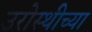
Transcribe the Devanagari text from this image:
उरोस्थीच्या